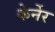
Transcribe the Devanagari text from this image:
केर्नेर